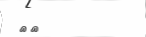
٨٥